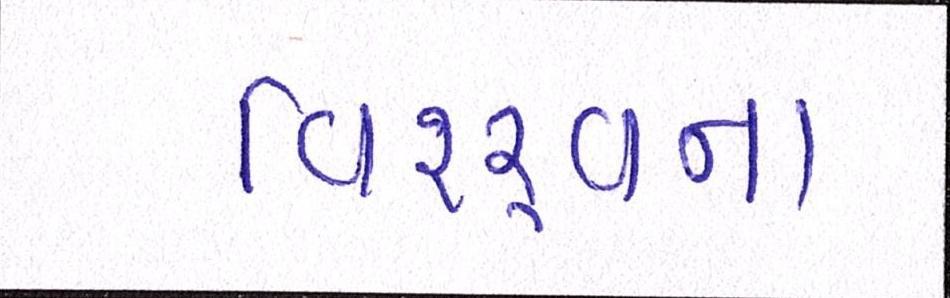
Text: વિશ્ર્વના